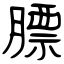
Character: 膘